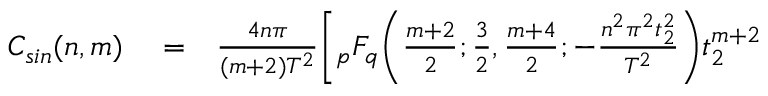
\begin{array} { r l r } { C _ { s i n } ( n , m ) } & { { } = } & { \frac { 4 n \pi } { ( m + 2 ) T ^ { 2 } } \bigg [ { } _ { p } F _ { q } \bigg ( \frac { m + 2 } { 2 } ; \frac { 3 } { 2 } , \frac { m + 4 } { 2 } ; - \frac { n ^ { 2 } \pi ^ { 2 } t _ { 2 } ^ { 2 } } { T ^ { 2 } } \bigg ) t _ { 2 } ^ { m + 2 } } \end{array}